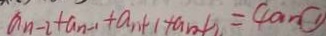
a _ { n - 2 } + a _ { n - 1 } + a _ { n + 1 } + a _ { n + 2 } = 4 a _ { n } \textcircled { 1 }